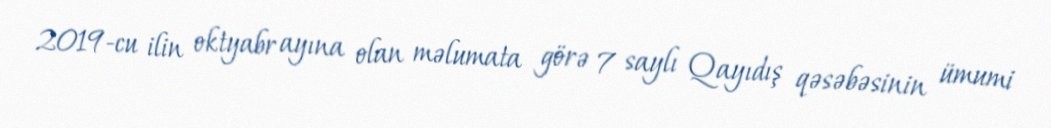
2019-cu ilin oktyabr ayına olan məlumata görə 7 saylı Qayıdış qəsəbəsinin ümumi